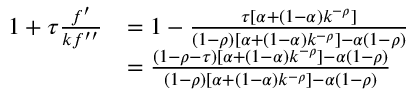
{ \begin{array} { r l } { 1 + \tau { \frac { f ^ { \prime } } { k f ^ { \prime \prime } } } } & { = 1 - { \frac { \tau [ \alpha + ( 1 - \alpha ) k ^ { - \rho } ] } { ( 1 - \rho ) [ \alpha + ( 1 - \alpha ) k ^ { - \rho } ] - \alpha ( 1 - \rho ) } } } \\ & { = { \frac { ( 1 - \rho - \tau ) [ \alpha + ( 1 - \alpha ) k ^ { - \rho } ] - \alpha ( 1 - \rho ) } { ( 1 - \rho ) [ \alpha + ( 1 - \alpha ) k ^ { - \rho } ] - \alpha ( 1 - \rho ) } } } \end{array} }